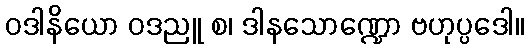
ဝဒါနိယော ဝဒညူ စ၊ ဒါနသောဏ္ဍော ဗဟုပ္ပဒေါ။